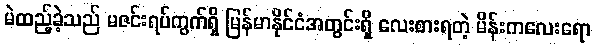
မဲထည့်ခဲ့သည် မဇင်းရပ်ကွက်ရှိ မြန်မာနိုင်ငံအတွင်းရှိ လေးစားရတဲ့ မိန်းကလေးရော